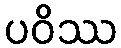
ပဝိဿ